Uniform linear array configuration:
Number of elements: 24
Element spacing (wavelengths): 1
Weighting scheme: blackman
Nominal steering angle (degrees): -15
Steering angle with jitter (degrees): -14.545
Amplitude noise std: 0.05
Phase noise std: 0.05

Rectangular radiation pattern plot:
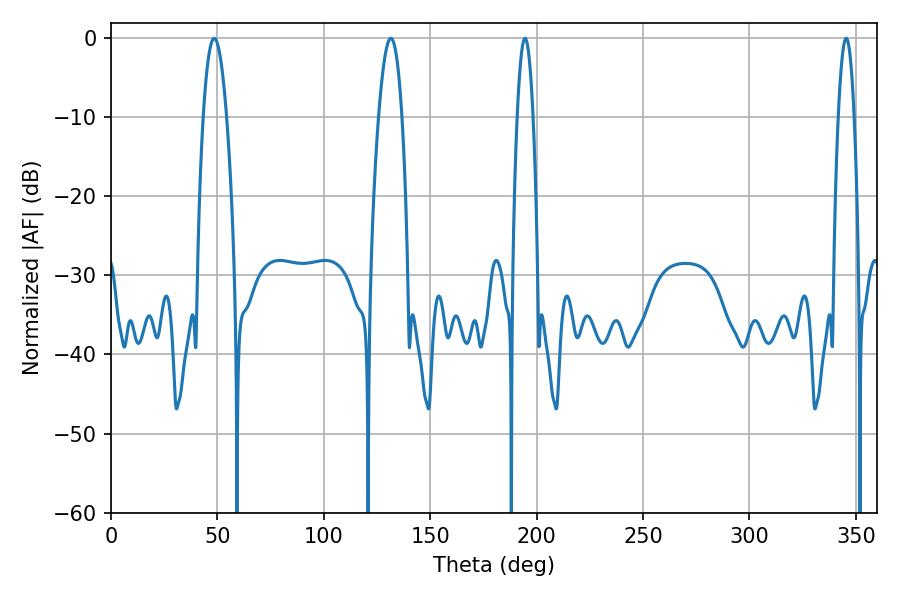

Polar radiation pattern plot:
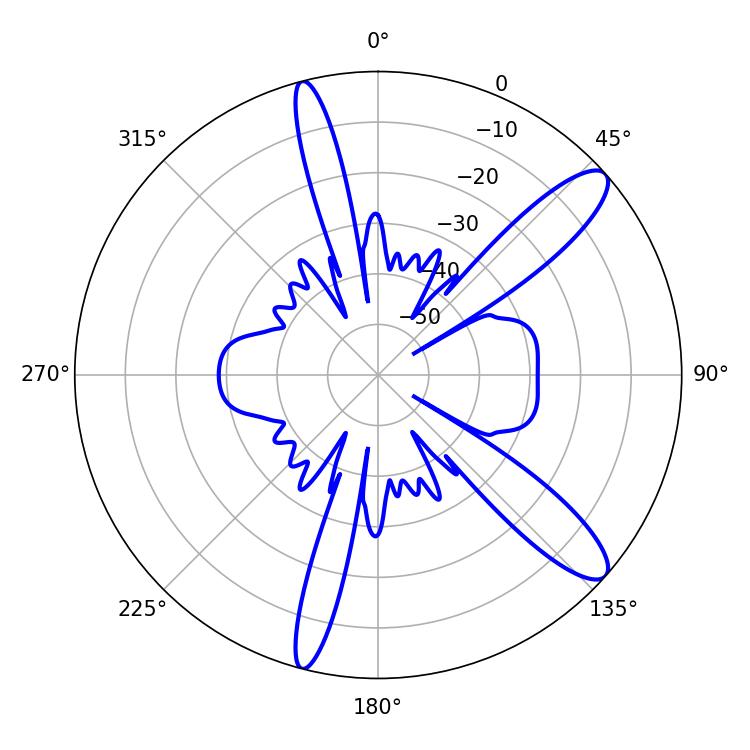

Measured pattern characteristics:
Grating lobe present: TRUE
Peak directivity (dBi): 11.804
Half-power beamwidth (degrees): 3.96
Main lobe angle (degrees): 345.42